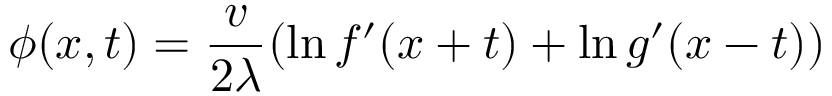
\phi ( x , t ) = { \frac { v } { 2 \lambda } } ( \ln f ^ { \prime } ( x + t ) + \ln g ^ { \prime } ( x - t ) )